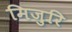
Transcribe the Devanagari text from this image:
मिजुरि